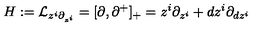
H : = { \cal L } _ { z ^ { i } \partial _ { z ^ { i } } } = [ \partial , \partial ^ { + } ] _ { + } = z ^ { i } \partial _ { z ^ { i } } + d z ^ { i } \partial _ { d z ^ { i } }